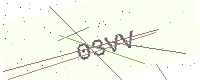
Text: 03VV